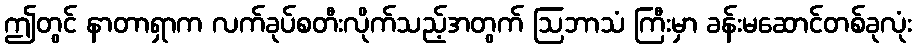
ဤတွင် နာတာရှာက လက်ခုပ်စတီးလိုက်သည့်အတွက် ဩဘာသံ ကြီးမှာ ခန်းမဆောင်တစ်ခုလုံး